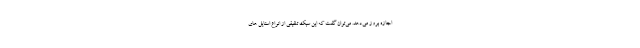
اجازه بروز می‌دهد. می‌توان گفت که این سبک تلفیقی از انواع استایل های